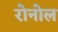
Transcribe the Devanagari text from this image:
रोनोल